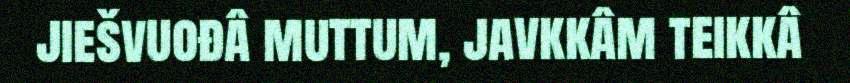
jiešvuođâ muttum, javkkâm teikkâ